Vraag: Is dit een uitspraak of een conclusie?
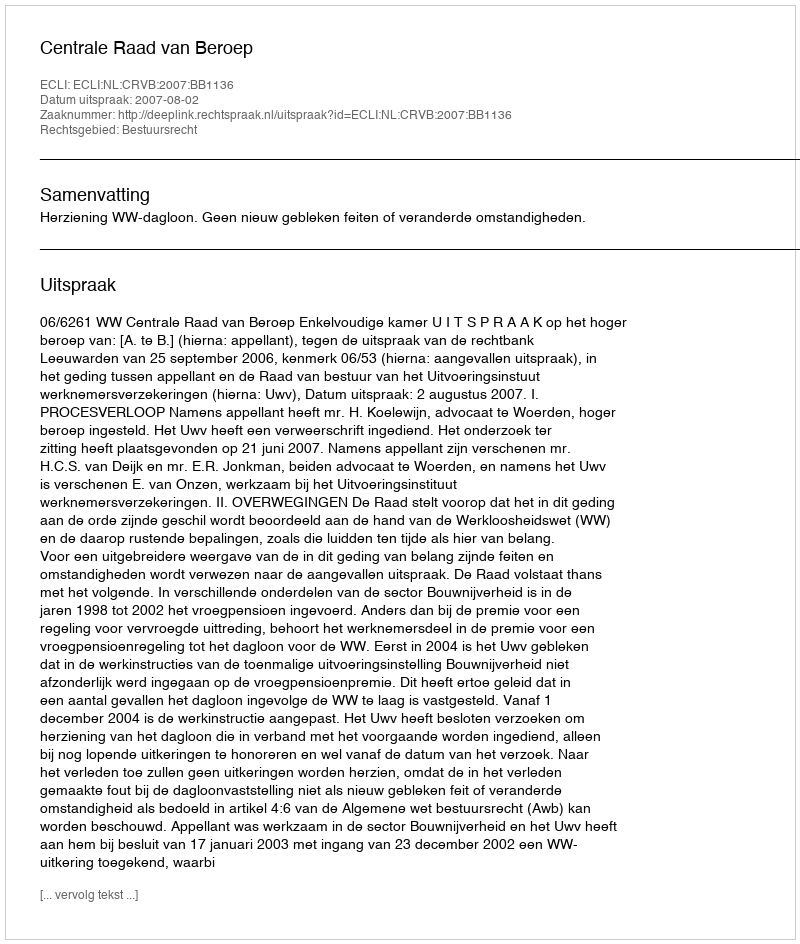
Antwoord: Uitspraak